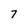
Character: 7